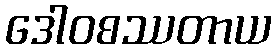
ဒေါဝစဿတာယ